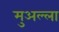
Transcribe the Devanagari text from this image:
मुअल्ला